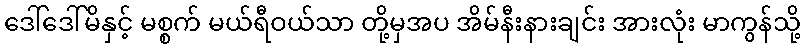
ဒေါ်ဒေါ်မိနှင့် မစ္စက် မယ်ရီဝယ်သာ တို့မှအပ အိမ်နီးနားချင်း အားလုံး မာကွန်သို့